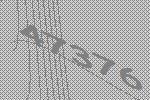
47376